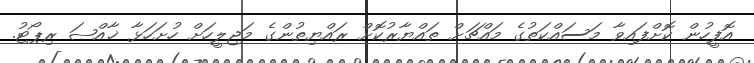
އޮފީހުން ކޮށްފައިވާ މަސައްކަތުގެ މައްޗަށް ތައްޔާރުކޮށް ރައްޔިތުންގެ މަޖިލީހަށް ހުށަހަޅާ ޚާއްޞަ ރިޕޯޓު.